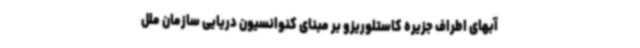
آبهای اطراف جزیره کاستلوریزو بر مبنای کنوانسیون دریایی سازمان ملل